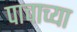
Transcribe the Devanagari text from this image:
पाचाच्या